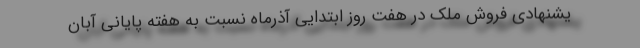
یشنهادی فروش ملک در هفت روز ابتدایی آذرماه نسبت به هفته پایانی آبان